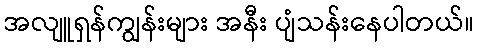
အလျူရှန်ကျွန်းများ အနီး ပျံသန်းနေပါတယ်။